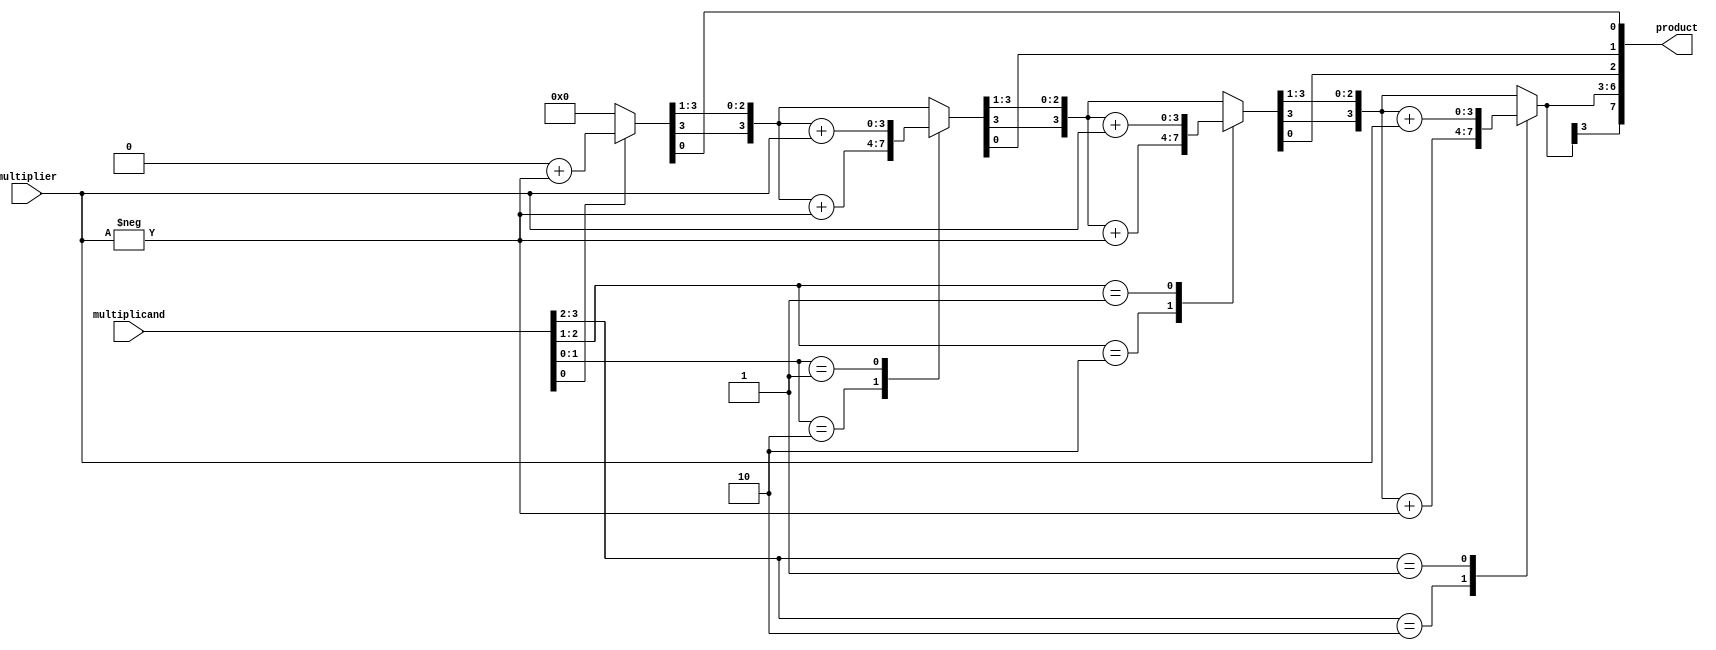
`timescale 1ns / 1ps

module booths_multiplier(
  input signed [3:0] multiplicand, multiplier,
  output reg signed [7:0] product);

  reg [1:0] booth_state;
  integer bit_index;
  reg current_bit;
  reg [3:0] neg_multiplier;

  always @(multiplicand, multiplier)
  begin
    product = 8'd0;
    current_bit = 1'b0;
    neg_multiplier = -multiplier;
    
    for (bit_index = 0; bit_index < 4; bit_index = bit_index + 1)
    begin
      booth_state = { multiplicand[bit_index], current_bit };
      case(booth_state)
        2'd2 : product[7:4] = product[7:4] + neg_multiplier;
        2'd1 : product[7:4] = product[7:4] + multiplier;
      endcase
      product = product >> 1;
      product[7] = product[6];
      current_bit = multiplicand[bit_index];
    end
  end
  
endmodule